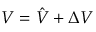
V = \hat { V } + \Delta V